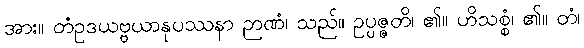
အား။ တံဥဒယဗ္ဗယာနုပဿနာ ဉာဏံ၊ သည်။ ဥပ္ပဇ္ဇတိ၊ ၏။ ဟိသစ္စံ၊ ၏။ တံ၊